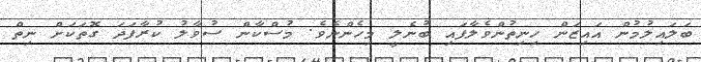
ބަލައިލުމުން އައިޒަން ހިނިތުންވެލާފައި ބުނެލީ މިހެންނެވެ. މުސްކާން ސުވާލު ކުރާފަދަ ގޮތަކަށް ނިތް